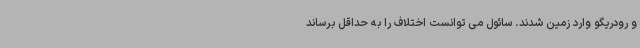
و رودریگو وارد زمین شدند. سائول می توانست اختلاف را به حداقل برساند